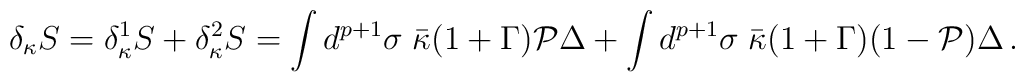
\delta_{\kappa} S =  \delta_{\kappa}^1 S + \delta_{\kappa}^2 S=\int d^{p+1}\sigma \;  \bar \kappa (1+\Gamma)  {\cal P} \Delta +  \int d^{p+1}\sigma \;\bar \kappa (1+\Gamma) (1- {\cal P} )\Delta\, .